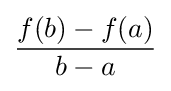
{\frac {f(b)-f(a)}{b-a}}